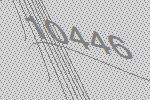
10446